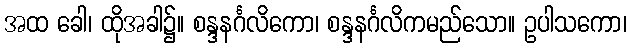
အထ ခေါ၊ ထိုအခါ၌။ စန္ဒနင်္ဂလိကော၊ စန္ဒနင်္ဂလိကမည်သော။ ဥပါသကော၊